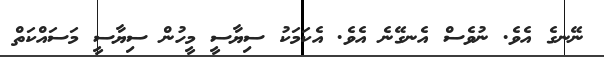
ނޭނގެ އެވެ. ނުވެސް އެނގޭނެ އެވެ. އެކަމަކު ސިޔާސީ މީހުން ސިޔާސީ މަސައްކަތް